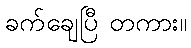
ခက်ချေပြီ တကား။